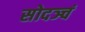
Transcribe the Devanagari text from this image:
सोदञ्चं